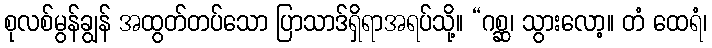
စုလစ်မွန်ချွန် အထွတ်တပ်သော ပြာသာဒ်ရှိရာအရပ်သို့။ “ဂစ္ဆ၊ သွားလော့။ တံ ထေရံ၊